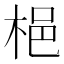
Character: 𱣝